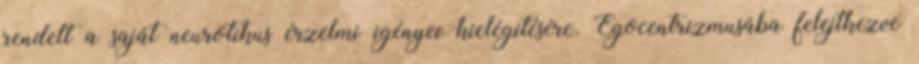
rendelt a saját neurotikus érzelmi igényei kielégítésére. Egocentrizmusába felejtkezve